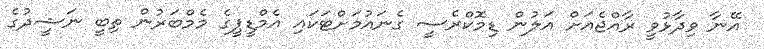
އޭނާ ވިދާޅުވީ ރާއްޖެއަށް އަލުން ޑިމޮކްރެސީ ގެނައުމަށްޓަކައި އެމްޑީޕީގެ މެމްބަރުން ތިބީ ނަޝީދުގެ